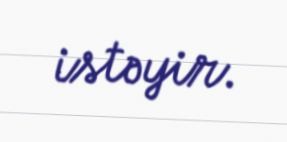
istəyir.